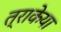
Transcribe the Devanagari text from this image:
त्राकेया